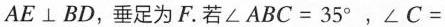
AE \bot BD，垂足为F。若$$∠ A B C = 3 5 °$$，$$∠ C =